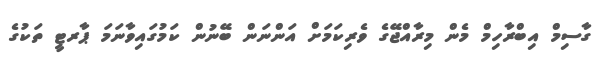
ގާސިމް އިބްރާހިމް މެން މިރާއްޖޭގެ ވެރިކަމަށް އަންނަން ބޭނުން ކަމުގައިވާނަމަ ޕާރޓީ ތަކުގެ